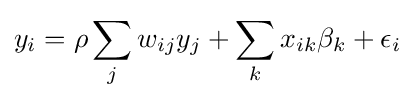
y_{i}=\rho \sum _{j}w_{ij}y_{j}+\sum _{k}x_{ik}\beta _{k}+\epsilon _{i}